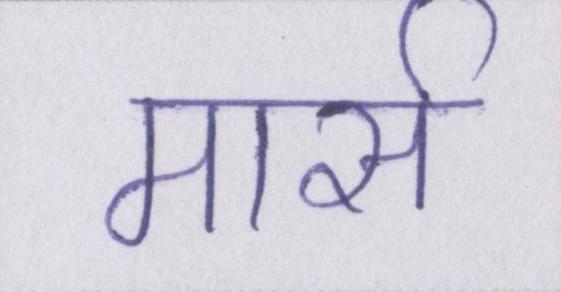
मार्स